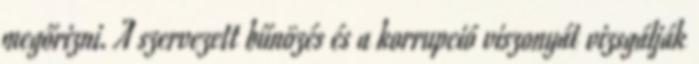
megőrizni. A szervezett bűnözés és a korrupció viszonyát vizsgálják